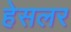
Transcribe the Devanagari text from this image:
हेसलर